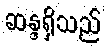
ဆန္ဒရှိသည်